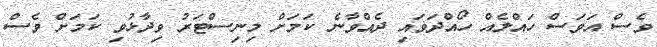
ވެސް އަވަސް ހައްލެއް ހޯއްދަވައި ދެއްވާނެ ކަމަށް މިނިސްޓަރު ވިދާޅުވި ކަމަށް ވެސް